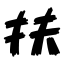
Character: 扶